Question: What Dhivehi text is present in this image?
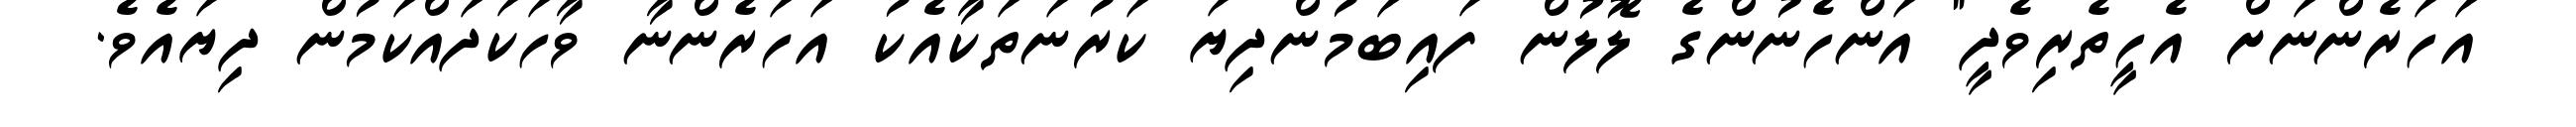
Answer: އަހަރެންނަށް އެހީތެރިވެދީ" އަންހެނުންގެ ލޮލުން ފައިބަމުންދިޔަ ކަރުނަތަކާއެކު އަހަރެންނާ ވާހަކަދައްކަމުން ދިޔައެވެ.